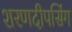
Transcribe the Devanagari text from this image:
शरणदीपसिंग